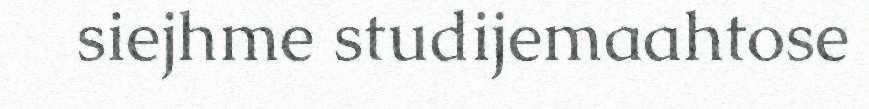
siejhme studijemaahtose